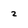
Character: 2